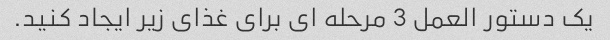
یک دستور العمل 3 مرحله ای برای غذای زیر ایجاد کنید.